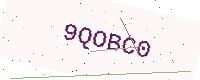
Text: 9QOBC0